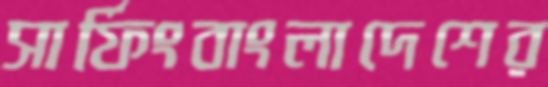
সার্ফিংবাংলাদেশের